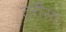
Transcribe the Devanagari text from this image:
टरीसा